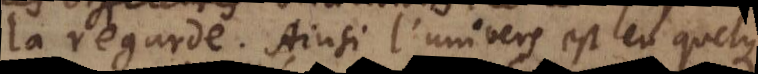
la regarde. Ainsi l’univers est en quelque